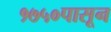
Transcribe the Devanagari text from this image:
१७५०पासून